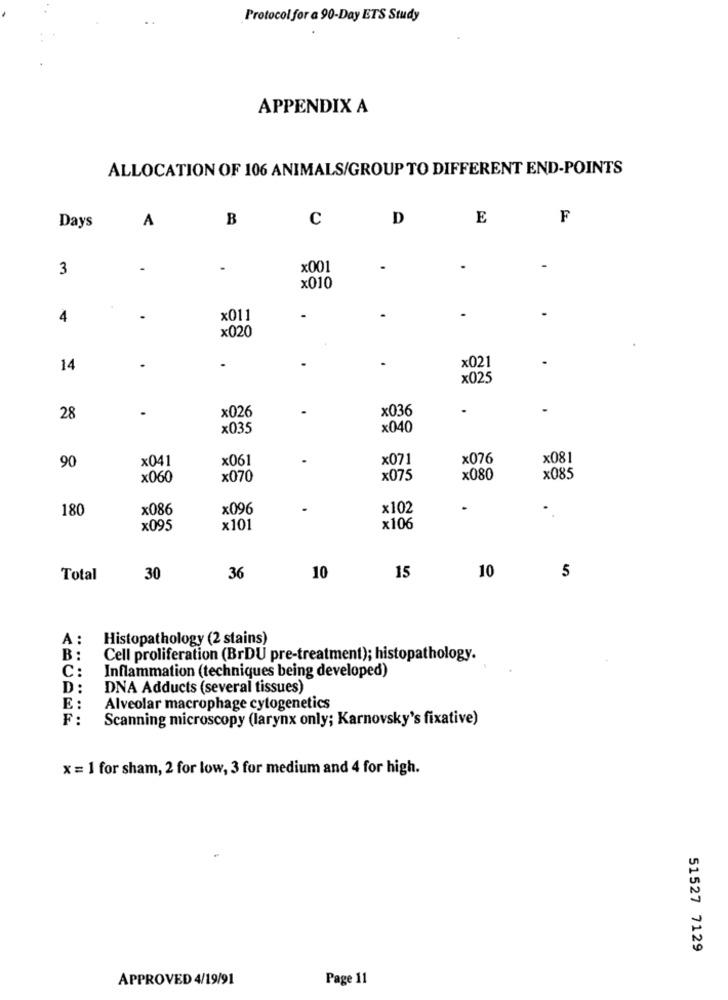
Protocol for a 90-Day ETS Study
APPENDIX A
ALLOCATION OF 106 ANIMALS/GROUP TO DIFFERENT END-POINTS
Days
A
B
c
D
E
F
3
-
x001
x010
4
x011
-
×020
.
x021
14
x025
x026
x036
28
x035
x040
x041
x061
×071
x076
x081
90
x060
x070
x075
x080
x085
180
x086
x096
x102
.
.
x095
×101
×106
10
Total
30
36
10
15
5
A :
Histopathology (2 stains)
B :
Cell proliferation (BrDU pre-treatment); histopathology.
C:
Inflammation (techniques being developed)
D:
DNA Adducts (several tissues)
E :
Alveolar macrophage cytogenetics
F:
Scanning microscopy (larynx only; Karnovsky's fixative)
x = 1 for sham, 2 for low, 3 for medium and 4 for high.
51527 7129
APPROVED 4/19/91
Page 11